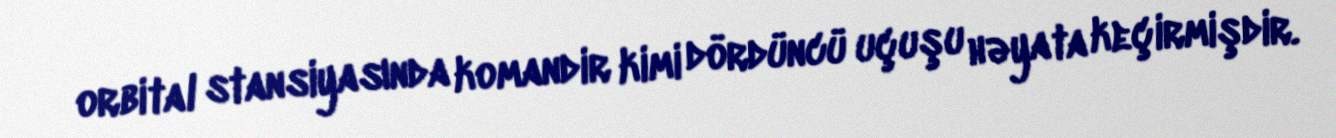
orbital stansiyasında komandir kimi dördüncü uçuşu həyata keçirmişdir.